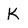
Character: K